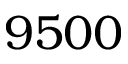
9 5 0 0